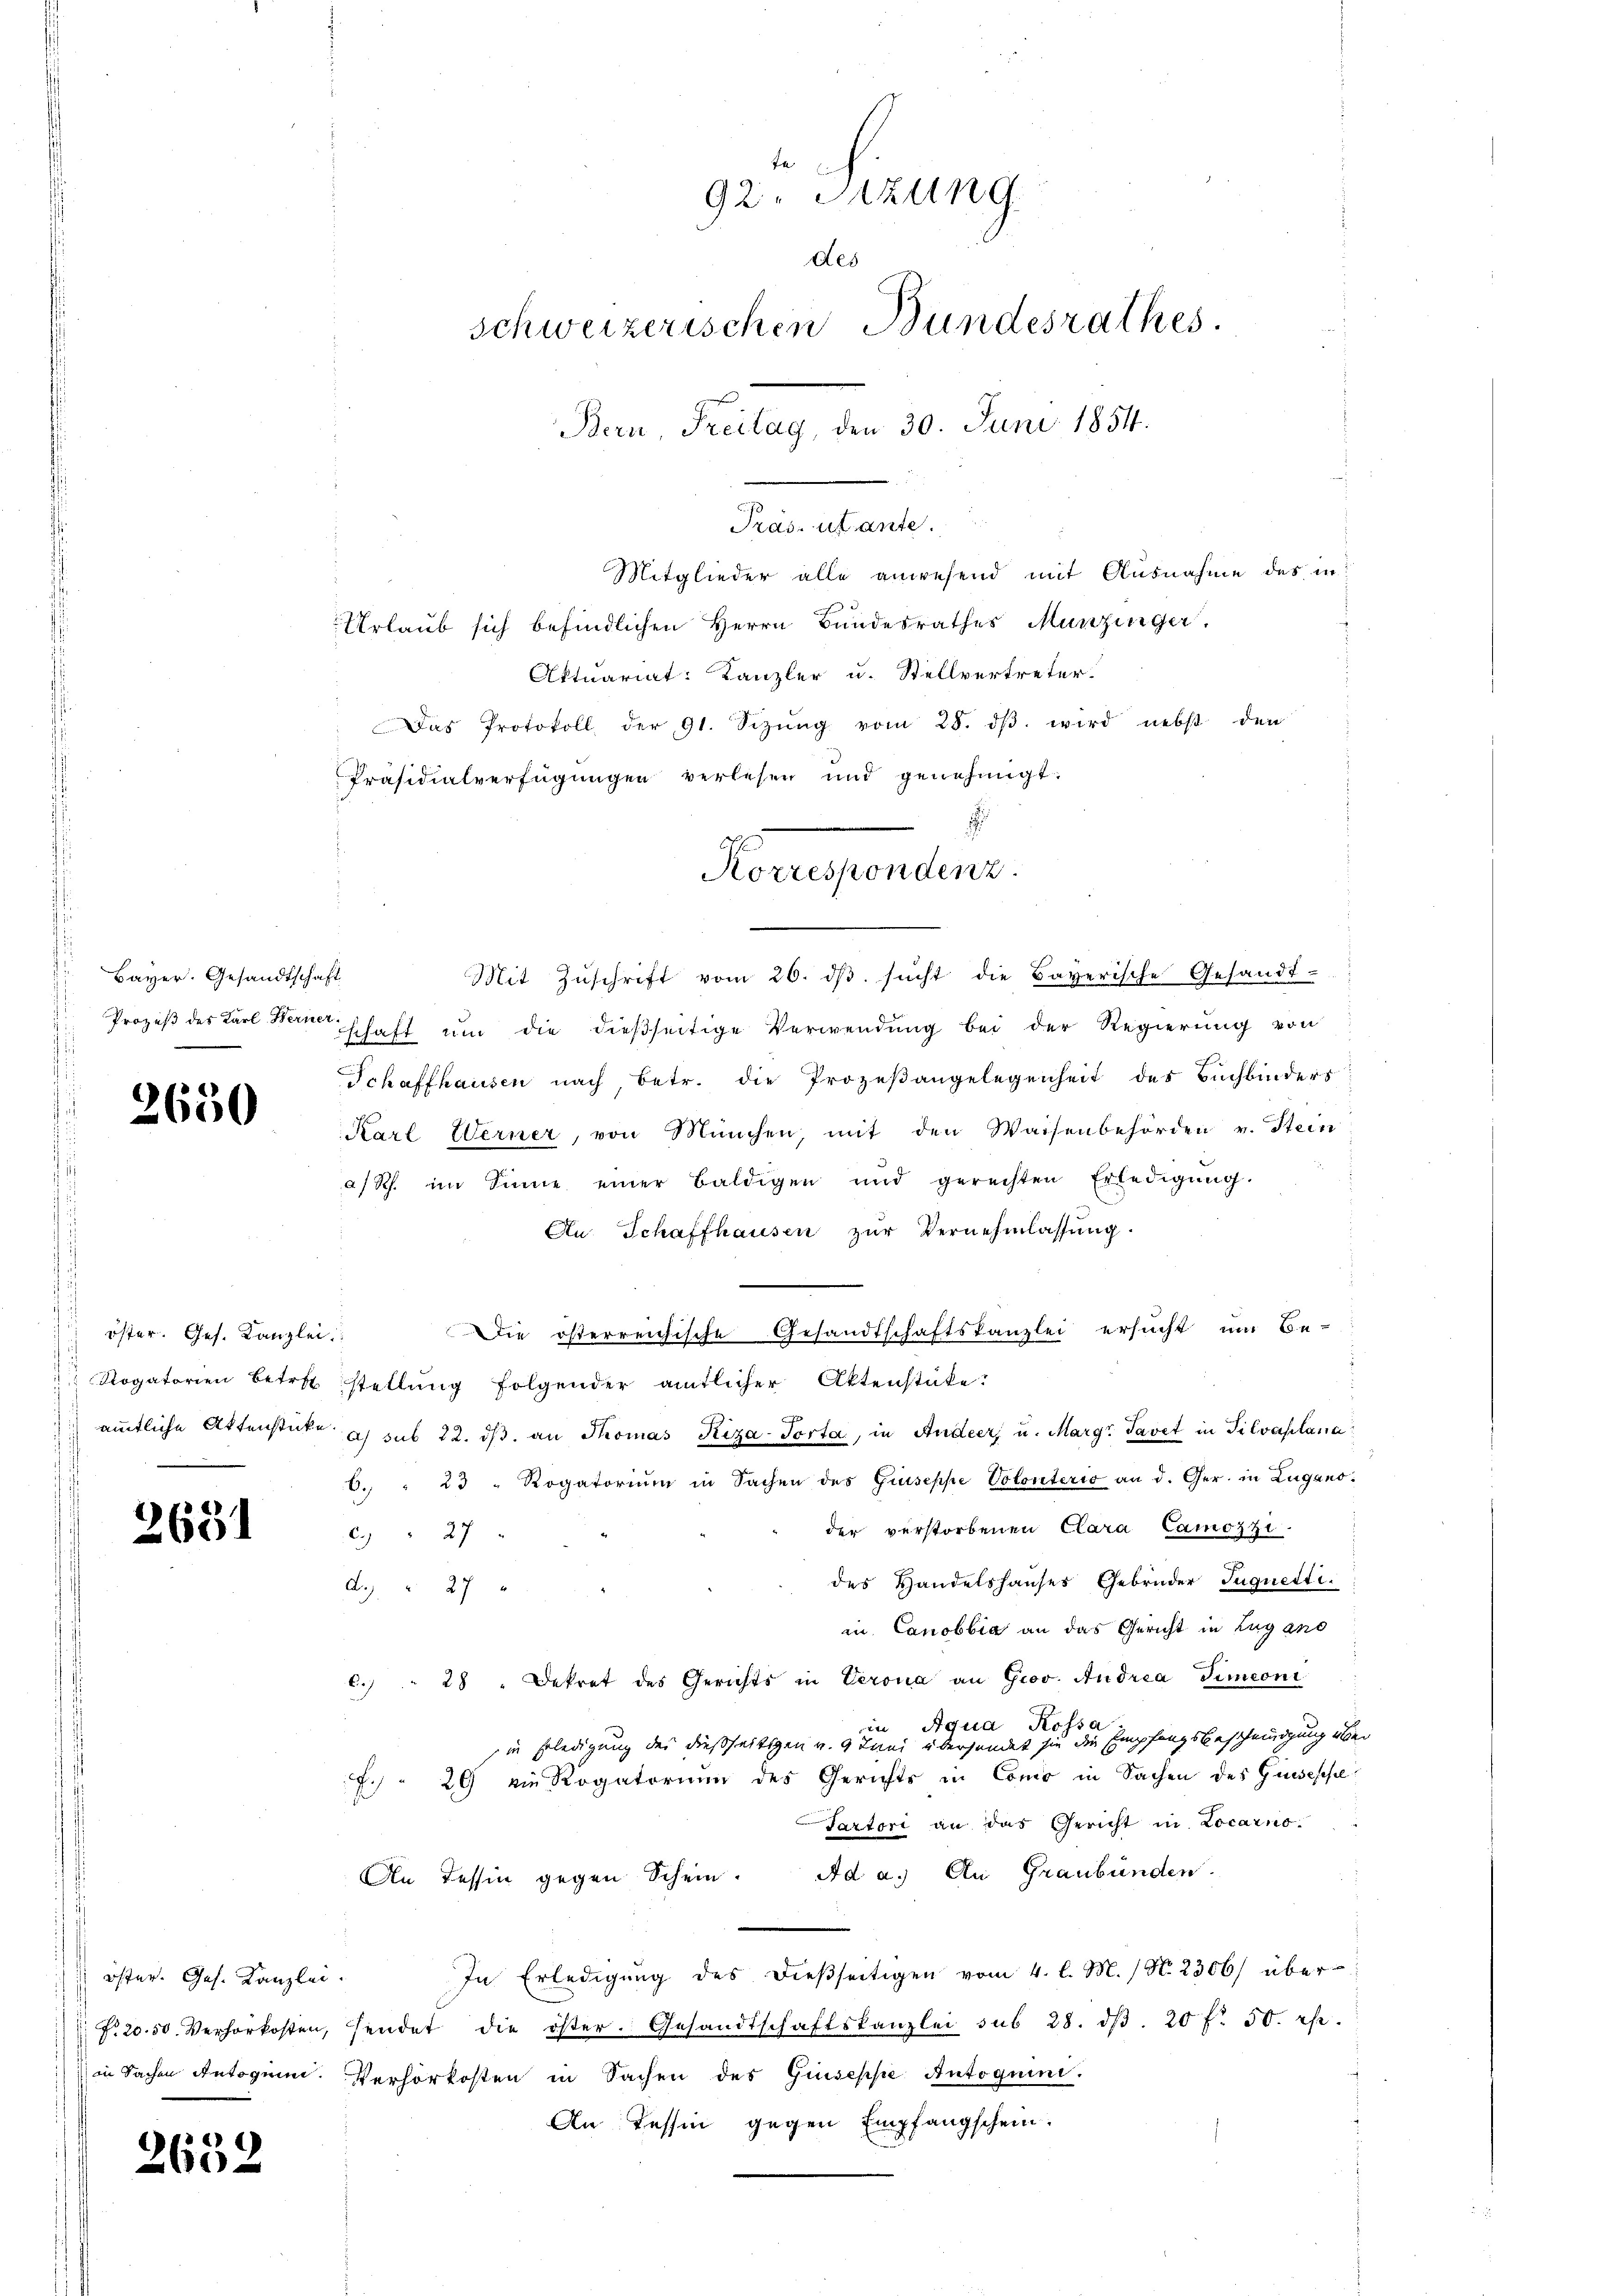
Bayer. Gesandtschaft

2650

öster. Ges. Kanzle

2631

öster. Ges. Kanzlei.

2632

92. Sitzung
des
schweizerischen Bundesrathes.
Bern, Freitag, den 30. Juni 1854.

Mitglieder alle anwesend mit Ausnahme des in
Urlaub sich befindlichen Herrn Bundesrathes Munzinger.
Aktuariat: Kanzler u. Stellvertreter.
Das Protokoll der 91. Sizŭng vom 28. dβ wird nebst den
Präsidialverfügungen verlesen und genehmigt.
c

Mit Zuschrift vom 26. ds sucht die Bayerische Gesandt-
Prozeß des Karl Berner schaft um die dießseitige Verwendung bei der Regierung von
Schaffhausen nach, betr. die Prozeßangelegenheit des Buchbinders
Karl Werner, von München, mit den Waisenbehörden v. Stein
a/Rh. im Sinne einer baldigen und gerechten Erledigŭng.
An Schaffhausen zŭr Vernehmlassŭng.
Die österreichische Gesandtschaftskanzlei ersucht um Be-
.
" Rogatorien betrett stellŭng folgender amtlicher Aktenstüke?
ämmtliche Attenstücke u. sub 22. dβ an Thomas Kiza-Porta, in Andeer, u. Marge Tavet in Silvaplana
6. " 23 " Rogatorium in Sachen des Gruseppe Volonterio an d. Ger. in Lugano.
der verstorbenen Clara Camozzi.
C. " 27
des Handelshauses Gebrüder Juguetti.
A. 27 x
in Canobbia an das Gericht in Lugano
C.) " 28 " Dekret des Gerichts in Verona an Grov. Andrea Simeoni
in Aqua Kossa
in Erledigung des dießseitigen v. 9. Juni übersendet sie die Empfangsbescheinigung über
f. 29 die Rogatorium des Gerichts in Cono in Sachen des Gussesse¬
Tartori an das Gericht in Locarno.
An Tessin gegen Schein. Ad a. An Graubünden.
In Erledigŭng des dieβseitigen vom 4. l. M. / N. 2306/ über
 No 20. 50. Verhörkosten, sendet die öster. Gesandtschaftskanzlei sub 28. dβ. 20 f. 50. rp.
in Sachen Antogium. Verhörkosten in Sachen des Guseppe Autoguini.
An Tessin gegen Empfangschein.

Pras, utante.

Horgendens.